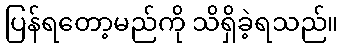
ပြန်ရတော့မည်ကို သိရှိခဲ့ရသည်။